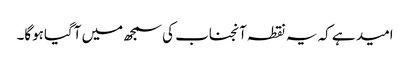
امید ہے کہ یہ نقطہ آنجناب کی سمجھ میں آگیاہوگا۔